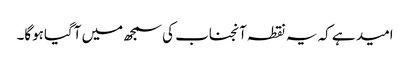
امید ہے کہ یہ نقطہ آنجناب کی سمجھ میں آگیاہوگا۔